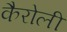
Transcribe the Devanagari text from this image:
कैरोली